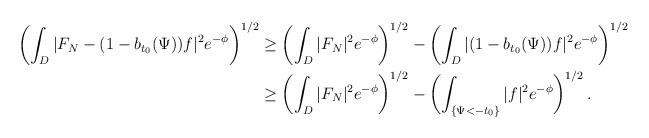
LaTeX: \begin{align*} \left(\int_D|F_N-(1-b_{t_0}(\Psi))f|^2e^{-\phi}\right)^{1/2}&\geq \left(\int_D|F_N|^2e^{-\phi}\right)^{1/2}-\left(\int_D|(1-b_{t_0}(\Psi))f|^2e^{-\phi}\right)^{1/2}\\ &\geq \left(\int_D|F_N|^2e^{-\phi}\right)^{1/2}-\left(\int_{\{\Psi<-t_0\}}|f|^2e^{-\phi}\right)^{1/2}. \end{align*}